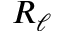
R _ { \ell }